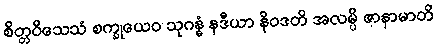
စိတ္တဝိသေသံ စက္ခုယေဝ သုဂန္ဓံ နဒီယာ နိဝဒတိ အလမ္ပိ ဇာနာမာတိ